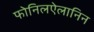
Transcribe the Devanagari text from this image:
फोनिलऐलानिन